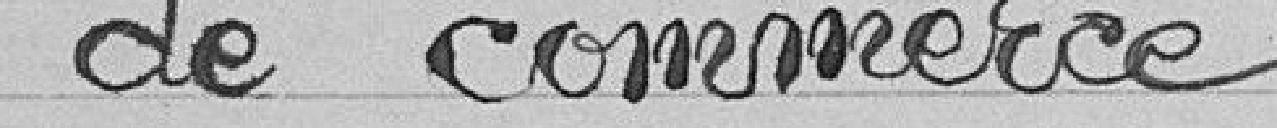
de commerce